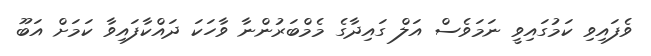
ވެފައިވި ކަމުގައިވީ ނަމަވެސް އަލް ގައިދާގެ މެމްބަރުންނާ ވާހަކަ ދައްކާފައިވާ ކަމަށް އަބޫ